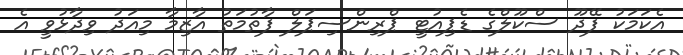
އެކަމަކު ފޭދޫ ސްކޫލްގެ ޑެޕިއުޓީ ޕްރިންސިޕަލް ފާތުމަތު އާޒިމާ މިއަދު ވިދާޅުވީ އެ